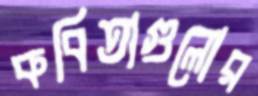
কবিতাগুলোর